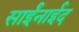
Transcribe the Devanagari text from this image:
साईंनाईद